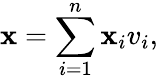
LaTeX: \mathbf{x}=\sum_{i=1}^{n}\mathbf{x}_{i}v_{i},